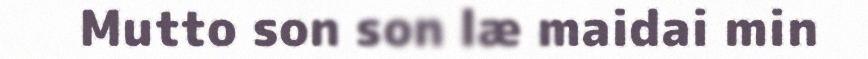
Mutto son son læ maidai min